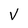
Character: V